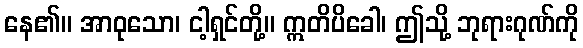
နေ၏။ အာဝုသော၊ ငါ့ရှင်တို့။ ဣတိပိခေါ၊ ဤသို့ ဘုရားဂုဏ်ကို